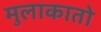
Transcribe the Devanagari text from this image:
मुलाकातो